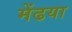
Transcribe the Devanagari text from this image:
मेंढया